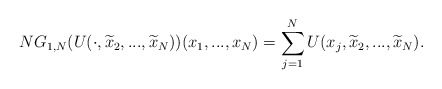
\begin{align*}NG_{1,N}(U(\cdot ,\widetilde{x}_{2},...,\widetilde{x}_{N}))(x_{1},...,x_{N})=\sum_{j=1}^{N}U(x_{j},\widetilde{x}_{2},...,\widetilde{x}_{N}). \end{align*}